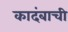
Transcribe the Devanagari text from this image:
कादंबाची